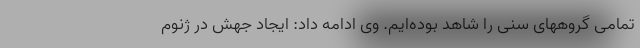
تمامی گروههای سنی را شاهد بوده‌ایم. وی ادامه داد: ایجاد جهش در ژنوم